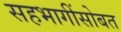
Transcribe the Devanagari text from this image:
सहभागींसोबत